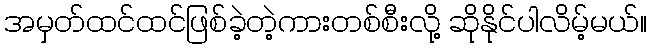
အမှတ်ထင်ထင်ဖြစ်ခဲ့တဲ့ကားတစ်စီးလို့ ဆိုနိုင်ပါလိမ့်မယ်။